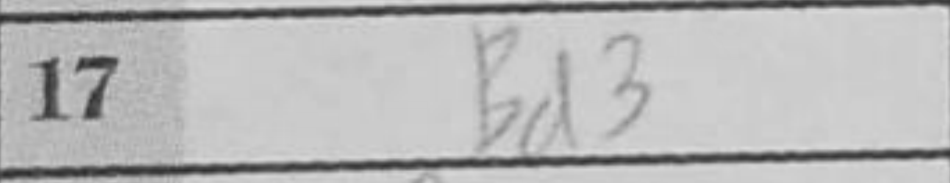
Transcription: Bd3